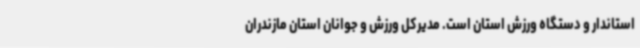
استاندار و دستگاه ورزش استان است. مدیرکل ورزش و جوانان استان مازندران